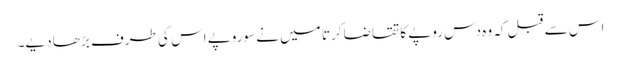
اس سے قبل کہ وہ دس روپے کا تقاضا کرتا میں نے سوروپے اس کی طرف بڑھا دیے۔